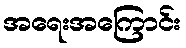
အရေးအကြောင်း